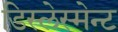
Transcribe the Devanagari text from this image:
डिस्लेस्मेन्ट